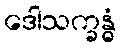
ဒေါသက္ခန္ဓံ